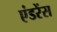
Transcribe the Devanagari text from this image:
एंडरेंस